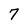
Character: 7